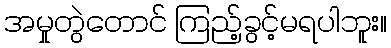
အမှုတွဲတောင် ကြည့်ခွင့်မရပါဘူး။